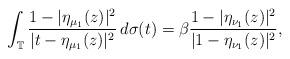
LaTeX: \begin{align*}\int_{\mathbb{T}}\frac{1-|\eta_{\mu_{1}}(z)|^{2}}{|t-\eta_{\mu_{1}}(z)|^{2}}\,d\sigma(t)=\beta\frac{1-|\eta_{\nu_{1}}(z)|^{2}}{|1-\eta_{\nu_{1}}(z)|^{2}},\end{align*}